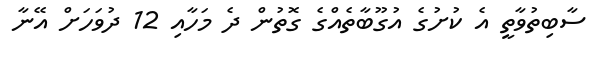
ސާބިތުވާތީ އެ ކުށުގެ އުގޫބާތެއްގެ ގޮތުން ދެ މަހާއި 12 ދުވަހަށް އޭނާ